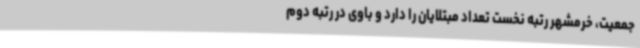
جمعیت، خرمشهر رتبه نخست تعداد مبتلایان را دارد و باوی در رتبه دوم